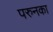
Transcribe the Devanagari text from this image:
परुनका